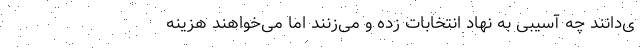
ی‌دانند چه آسیبی به نهاد انتخابات زده و می‌زنند اما می‌خواهند هزینه